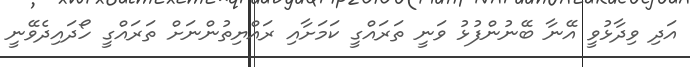
އަދި ވިދާޅުވީ އޭނާ ބޭނުންފުޅު ވަނީ ތަރައްގީ ކަމަށާއި ރައްޔިތުންނަށް ތަރައްގީ ހޯދައިދެވޭނީ